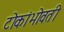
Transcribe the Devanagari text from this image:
टोकांभोवती